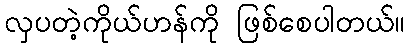
လှပတဲ့ကိုယ်ဟန်ကို ဖြစ်စေပါတယ်။